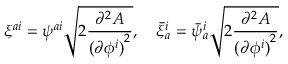
\xi ^ { a i } = \psi ^ { a i } \sqrt { 2 \frac { \partial ^ { 2 } A } { { ( \partial \phi ^ { i } ) } ^ { 2 } } } , \quad \bar { \xi } _ { a } ^ { i } = \bar { \psi } _ { a } ^ { i } \sqrt { 2 \frac { \partial ^ { 2 } A } { { ( \partial \phi ^ { i } ) } ^ { 2 } } } ,